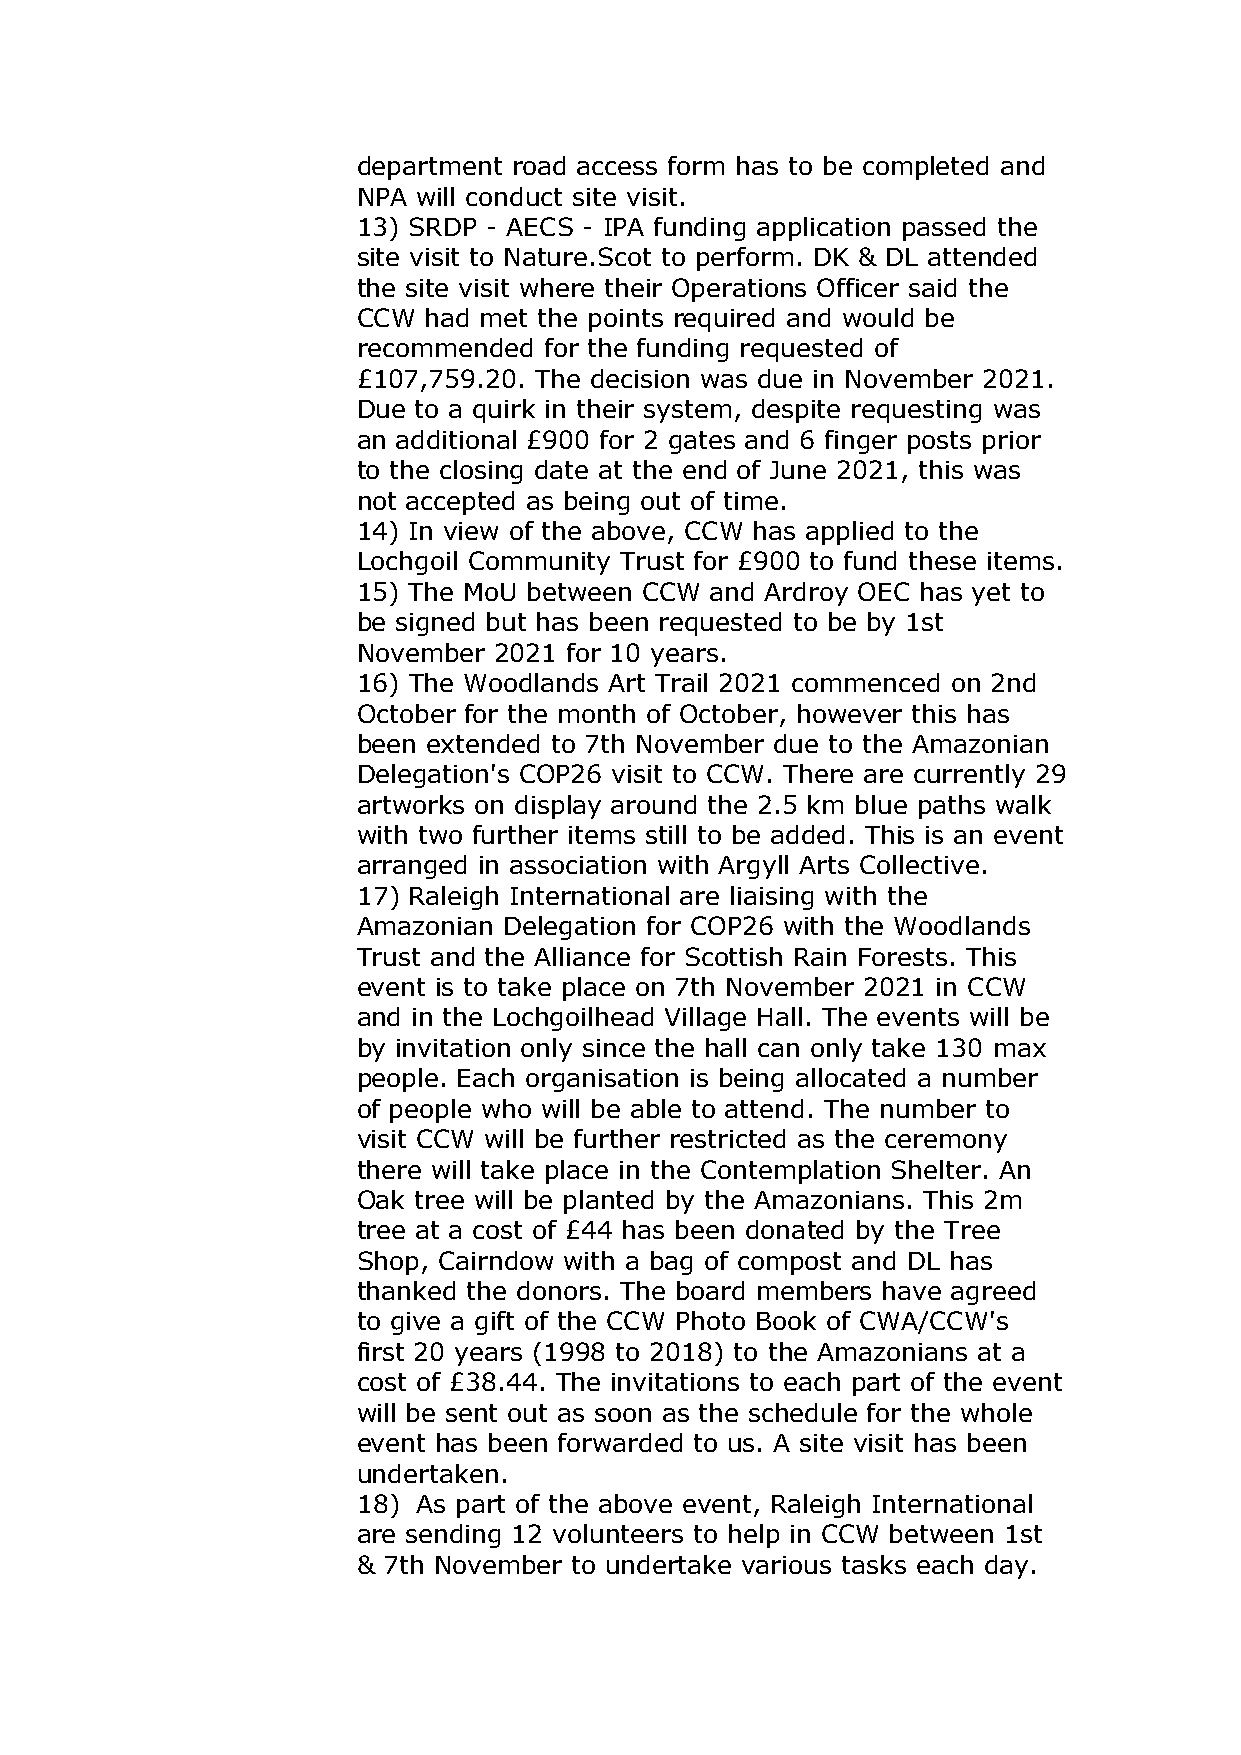
department road access form has to be completed and
 NPA will conduct site visit.
 13) SRDP - AECS - IPA funding application passed the
 site visit to Nature.Scot to perform. DK & DL attended
 the site visit where their Operations Officer said the
 CCW had met the points required and would be
 recommended for the funding requested of
 £107,759.20. The decision was due in November 2021.
 Due to a quirk in their system, despite requesting was
 an additional £900 for 2 gates and 6 finger posts prior
 to the closing date at the end of June 2021, this was
 not accepted as being out of time.
 14) In view of the above, CCW has applied to the
 Lochgoil Community Trust for £900 to fund these items.
 15) The MoU between CCW and Ardroy OEC has yet to
 be signed but has been requested to be by 1st
 November 2021 for 10 years.
 16) The Woodlands Art Trail 2021 commenced on 2nd
 October for the month of October, however this has
 been extended to 7th November due to the Amazonian
 Delegation's COP26 visit to CCW. There are currently 29
 artworks on display around the 2.5 km blue paths walk
 with two further items still to be added. This is an event
 arranged in association with Argyll Arts Collective.
 17) Raleigh International are liaising with the
 Amazonian Delegation for COP26 with the Woodlands
 Trust and the Alliance for Scottish Rain Forests. This
 event is to take place on 7th November 2021 in CCW
 and in the Lochgoilhead Village Hall. The events will be
 by invitation only since the hall can only take 130 max
 people. Each organisation is being allocated a number
 of people who will be able to attend. The number to
 visit CCW will be further restricted as the ceremony
 there will take place in the Contemplation Shelter. An
 Oak tree will be planted by the Amazonians. This 2m
 tree at a cost of £44 has been donated by the Tree
 Shop, Cairndow with a bag of compost and DL has
 thanked the donors. The board members have agreed
 to give a gift of the CCW Photo Book of CWA/CCW's
 first 20 years (1998 to 2018) to the Amazonians at a
 cost of £38.44. The invitations to each part of the event
 will be sent out as soon as the schedule for the whole
 event has been forwarded to us. A site visit has been
 undertaken.
 18) As part of the above event, Raleigh International
 are sending 12 volunteers to help in CCW between 1st
 & 7th November to undertake various tasks each day.